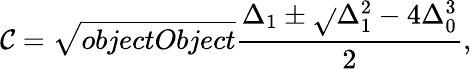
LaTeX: \mathcal{C}={\sqrt{{{objectObject}}}{{\frac{{\Delta_{1}\pm{\sqrt{}{{\Delta_{1}^{2}-4\Delta_{0}^{3}}}}}}{{2}}}}},